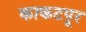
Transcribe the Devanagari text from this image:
काकटपूर